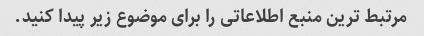
مرتبط ترین منبع اطلاعاتی را برای موضوع زیر پیدا کنید.